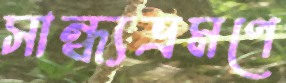
সান্ধ্যভ্রমণে